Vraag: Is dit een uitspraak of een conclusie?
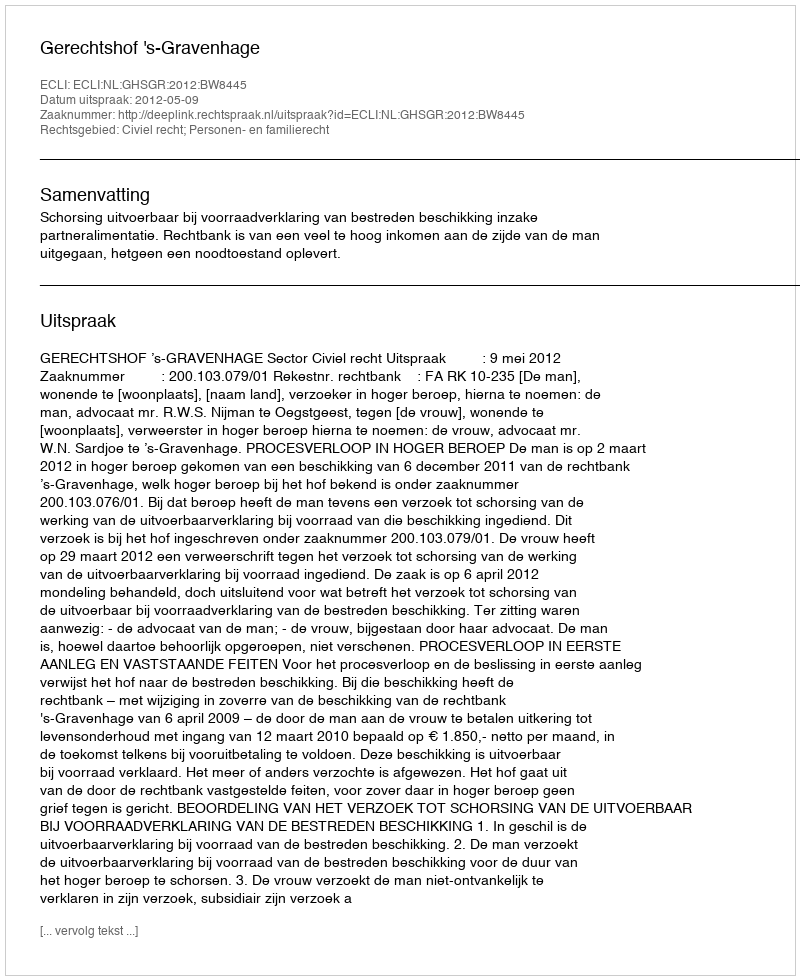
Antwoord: Uitspraak